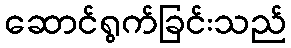
ဆောင်ရွက်ခြင်းသည်